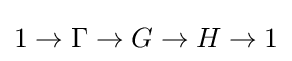
1\to \Gamma \to G\to H\to 1